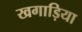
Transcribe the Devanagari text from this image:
खगाड़िया